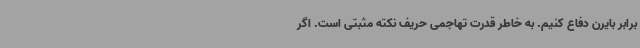
برابر بایرن دفاع کنیم. به خاطر قدرت تهاجمی حریف نکته مثبتی است. اگر